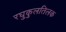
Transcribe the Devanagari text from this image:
रघुकुलतिलक